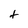
Character: t